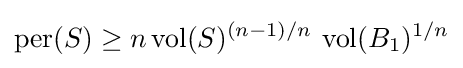
\operatorname {per} (S)\geq n\operatorname {vol} (S)^{(n-1)/n}\,\operatorname {vol} (B_{1})^{1/n}